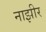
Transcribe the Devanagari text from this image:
नाझीर